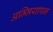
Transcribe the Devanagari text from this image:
अम्मियापन